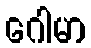
ဂေါမာ